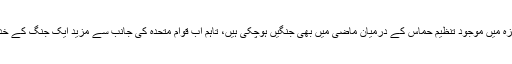
خیال رہے کہ اسرائیل اور غزہ میں موجود تنظیم حماس کے درمیان ماضی میں بھی جنگیں ہوچکی ہیں، تاہم اب قوامِ متحدہ کی جانب سے مزید ایک جنگ کے خدشے کا اظہار کیا جارہا ہے۔